Report of an investigation into the causes of the diseases known in Assam as Kála-Azár and Beri-Beri
Disease focus: Beri-Beri
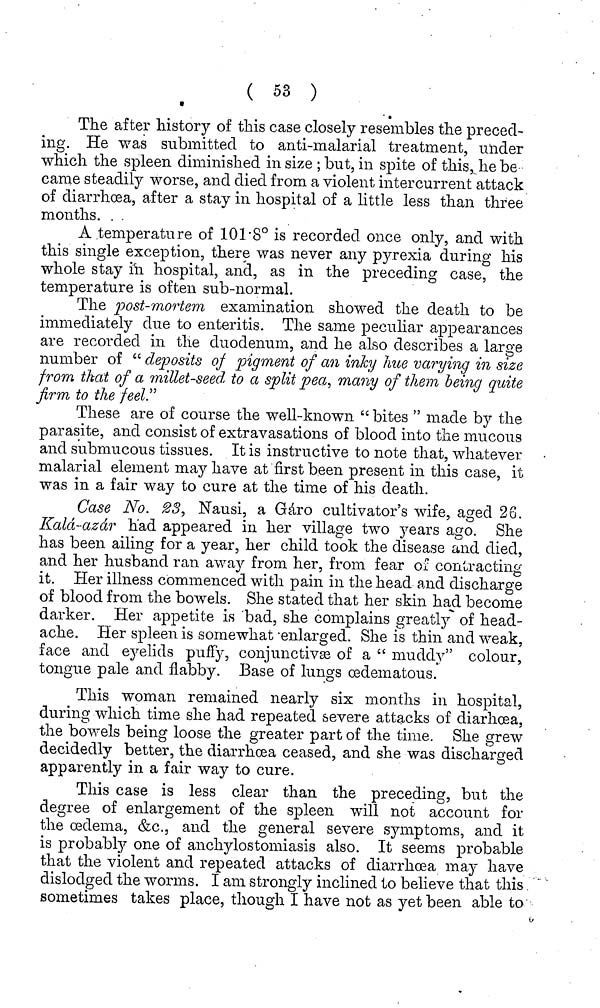
( 53 )
The after history of this case closely resembles the preced-
ing. He was submitted to anti-malarial treatment, under
which the spleen diminished in size ; but, in spite of this, he be
came steadily worse, and died from a violent intercurrent attack
of diarrhoea, after a stay in hospital of a little less than three
months.
A temperature of 101.8° is recorded once only, and with
this single exception, there was never any pyrexia during his
whole stay in hospital, and, as in the preceding case, the
temperature is often sub-normal.
The post-mortem examination showed the death to be
immediately due to enteritis. The same peculiar appearances
are recorded in the duodenum, and he also describes a large
number of " deposits of pigment of an inky hue varying in size
from that of a millet-seed to a split pea, many of them being quite
firm to the feel."
These are of course the well-known " bites " made by the
parasite, and consist of extravasations of blood into the mucous
and submucous tissues. It is instructive to note that, whatever
malarial element may have at first been present in this case, it
was in a fair way to cure at the time of his death.
Case No. 23, Nausi, a Gáro cultivator's wife, aged 26.
Kalá-azár had appeared in her village two years ago. She
has been ailing for a year, her child took the disease and died,
and her husband ran away from her, from fear of contracting
it. Her illness commenced with pain in the head and discharge
of blood from the bowels. She stated that her skin had become
darker. Her appetite is bad, she complains greatly of head-
ache. Her spleen is somewhat 'enlarged. She is thin and weak,
face and eyelids puffy, conjunctivæ of a "muddy" colour,
tongue pale and flabby. Base of lungs œdematous.
This woman remained nearly six months in hospital,
during which time she had repeated severe attacks of diarhœa,
the bowels being loose the greater part of the time. She grew
decidedly better, the diarrhoea ceased, and she was discharged
apparently in a fair way to cure.
This case is less clear than the preceding, but the
degree of enlargement of the spleen will not account for
the oedema, &c., and the general severe symptoms, and it
is probably one of anchylostomiasis also. It seems probable
that the violent and repeated attacks of diarrhoea may have
dislodged the worms. I am strongly inclined to believe that this
sometimes takes place, though I have not as yet been able to